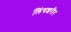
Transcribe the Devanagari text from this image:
लिंगशरीर